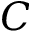
C